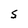
Character: S